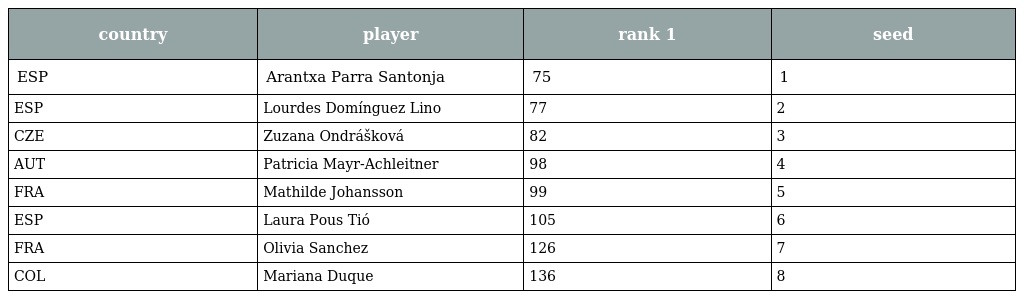
| country | player | rank 1 | seed |
 | --- | --- | --- | --- |
 | ESP | Arantxa Parra Santonja | 75 | 1 |
 | ESP | Lourdes Domínguez Lino | 77 | 2 |
 | CZE | Zuzana Ondrášková | 82 | 3 |
 | AUT | Patricia Mayr-Achleitner | 98 | 4 |
 | FRA | Mathilde Johansson | 99 | 5 |
 | ESP | Laura Pous Tió | 105 | 6 |
 | FRA | Olivia Sanchez | 126 | 7 |
 | COL | Mariana Duque | 136 | 8 |